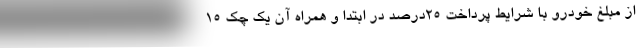
از مبلغ خودرو با شرایط پرداخت 25درصد در ابتدا و همراه آن یک چک 15